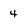
Character: 4